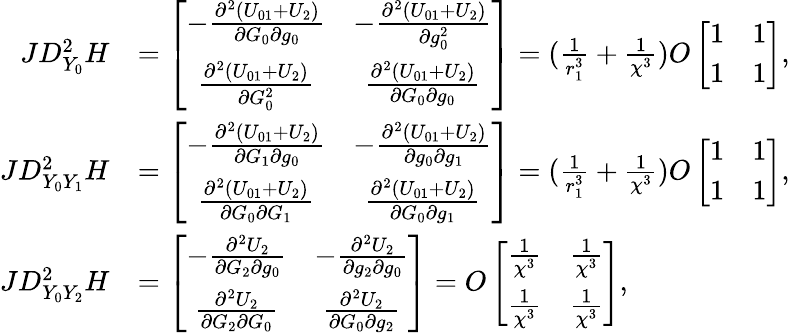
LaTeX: \begin{array}{rl}{JD_{Y_{0}}^{2}H}&{=\left[\begin{array}{cc}{-\frac{\partial^{2}(U_{01}+U_{2})}{\partial G_{0}\partial g_{0}}}&{-\frac{\partial^{2}(U_{01}+U_{2})}{\partial g_{0}^{2}}}\\ {\frac{\partial^{2}(U_{01}+U_{2})}{\partial G_{0}^{2}}}&{\frac{\partial^{2}(U_{01}+U_{2})}{\partial G_{0}\partial g_{0}}}\end{array}\right]=(\frac{1}{r_{1}^{3}}+\frac{1}{\chi^{3}})O\left[\begin{array}{cc}{1}&{1}\\ {1}&{1}\end{array}\right],}\\ {JD_{Y_{0}Y_{1}}^{2}H}&{=\left[\begin{array}{cc}{-\frac{\partial^{2}(U_{01}+U_{2})}{\partial G_{1}\partial g_{0}}}&{-\frac{\partial^{2}(U_{01}+U_{2})}{\partial g_{0}\partial g_{1}}}\\ {\frac{\partial^{2}(U_{01}+U_{2})}{\partial G_{0}\partial G_{1}}}&{\frac{\partial^{2}(U_{01}+U_{2})}{\partial G_{0}\partial g_{1}}}\end{array}\right]=(\frac{1}{r_{1}^{3}}+\frac{1}{\chi^{3}})O\left[\begin{array}{cc}{1}&{1}\\ {1}&{1}\end{array}\right],}\\ {JD_{Y_{0}Y_{2}}^{2}H}&{=\left[\begin{array}{cc}{-\frac{\partial^{2}U_{2}}{\partial G_{2}\partial g_{0}}}&{-\frac{\partial^{2}U_{2}}{\partial g_{2}\partial g_{0}}}\\ {\frac{\partial^{2}U_{2}}{\partial G_{2}\partial G_{0}}}&{\frac{\partial^{2}U_{2}}{\partial G_{0}\partial g_{2}}}\end{array}\right]=O\left[\begin{array}{cc}{\frac{1}{\chi^{3}}}&{\frac{1}{\chi^{3}}}\\ {\frac{1}{\chi^{3}}}&{\frac{1}{\chi^{3}}}\end{array}\right],}\end{array}